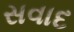
સવાદ